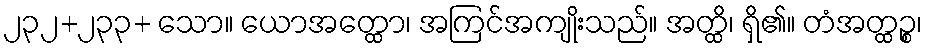
၂၃၂+၂၃၃+ သော။ ယောအတ္ထော၊ အကြင်အကျိုးသည်။ အတ္ထိ၊ ရှိ၏။ တံအတ္ထဉ္စ၊